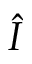
\hat { I }